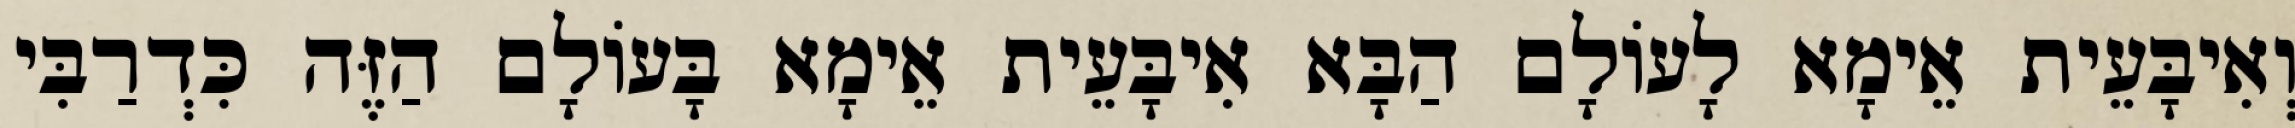
וְאִיבָּעֵית אֵימָא לָעוֹלָם הַבָּא אִיבָּעֵית אֵימָא בָּעוֹלָם הַזֶּה כִּדְרַבִּי